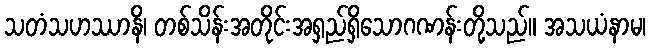
သတံသဟဿာနိ၊ တစ်သိန်းအတိုင်းအရှည်ရှိသောဂဏန်းတို့သည်။ အသယံနာမ၊